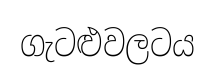
ගැටළුවලටය